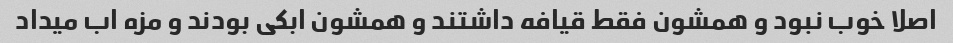
اصلا خوب نبود و همشون فقط قیافه داشتند و همشون ابکی بودند و مزه اب میداد